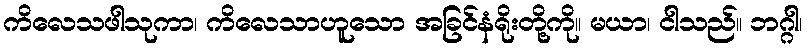
ကိလေသဖါသုကာ၊ ကိလေသာဟူသော အခြင်နံရိုးတို့ကို။ မယာ၊ ငါသည်။ ဘဂ္ဂါ၊